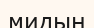
мидың